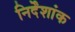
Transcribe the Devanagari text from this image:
निर्देंशांक